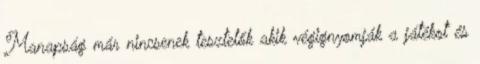
Manapság már nincsenek tesztelők akik végignyomják a játékot és